Civil Veterinary Dept. North-West Frontier Province 1933-46 - 1933-1946
Year: 1933
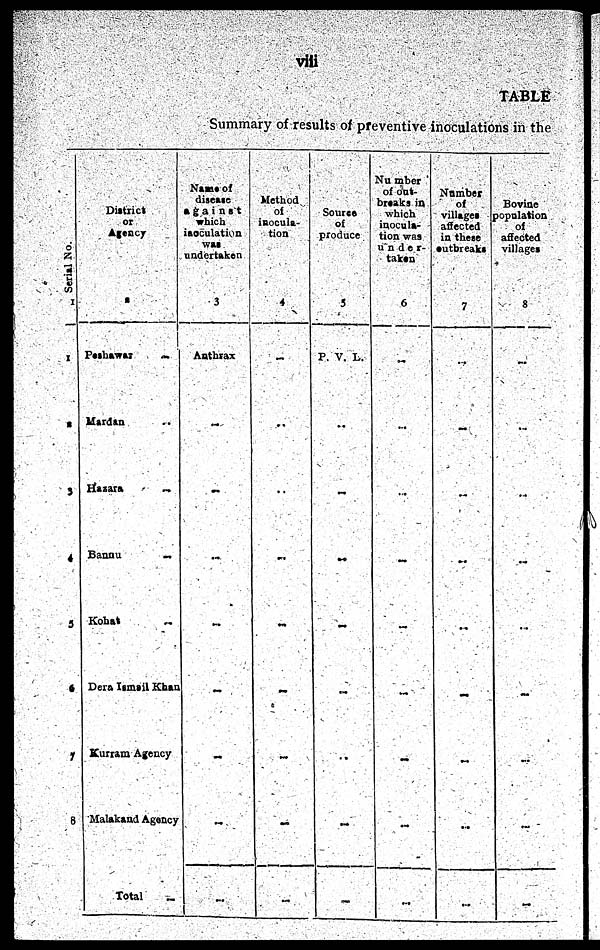
viii
TABLE
Summary of results of preventive inoculations in the
Serial No.
1
1
2
3
4
5
6
7
8
District
or
Agency
2
Peshawar
..
Mardan
..
Hazara
..
Bannu
..
Kohat ..
Dera Ismail Khan
Kurram Agency
Malakand Agency
Total
..
Name of
disease
against
which
inoculation
was
undertaken
3
Anthrax
..
..
..
..
..
..
..
..
Method
of
inocula-
tion
4
..
..
..
..
..
..
..
..
Source
of
produce
5
P. V. L.
..
..
..
..
..
..
..
..
Nu mber
of
out-
breaks in
which
inocula-
tion was
under-
taken
6
..
..
..
..
..
..
..
..
..
Number
of
village
affected
in these
outbreaks
7
..
..
..
..
..
..
..
..
..
Bovine
population
of
affected
villages
8
..
..
..
..
..
..
..
..
..